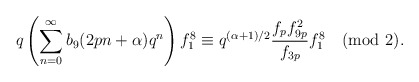
\begin{align*}q\left(\sum_{n=0}^{\infty}b_9(2pn+\alpha)q^{n} \right)f^{8}_1\equiv q^{(\alpha+1)/2}\frac{f_pf^{2}_{9p}}{f_{3p}}f^{8}_{1}\pmod 2.\end{align*}